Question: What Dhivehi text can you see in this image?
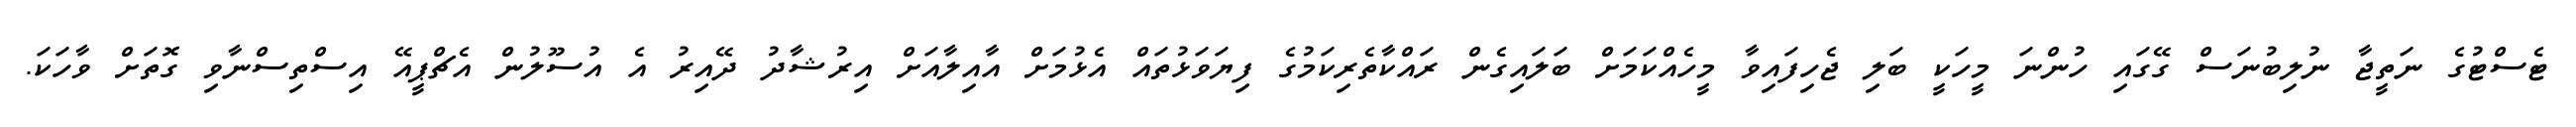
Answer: ޓެސްޓުގެ ނަތީޖާ ނުލިބުނަސް ގޭގައި ހުންނަ މީހަކީ ބަލި ޖެހިފައިވާ މީހެއްކަމަށް ބަލައިގެން ރައްކާތެރިކަމުގެ ފިޔަވަޅުތައް އެޅުމަށް އާއިލާއަށް އިރުޝާދު ދޭއިރު އެ އުސޫލުން އެޗްޕީއޭ އިސްތިސްނާވި ގޮތަށް ވާހަކަ.